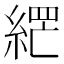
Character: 𮈘